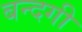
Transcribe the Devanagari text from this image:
बन्दगी